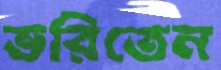
ভরিতেন